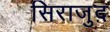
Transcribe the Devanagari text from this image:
सिराजुद